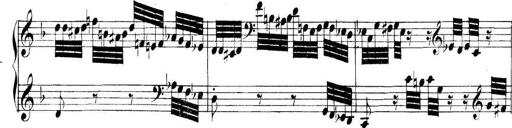
Title: Collected Piano Sonatas
Composer: Muzio Clementi